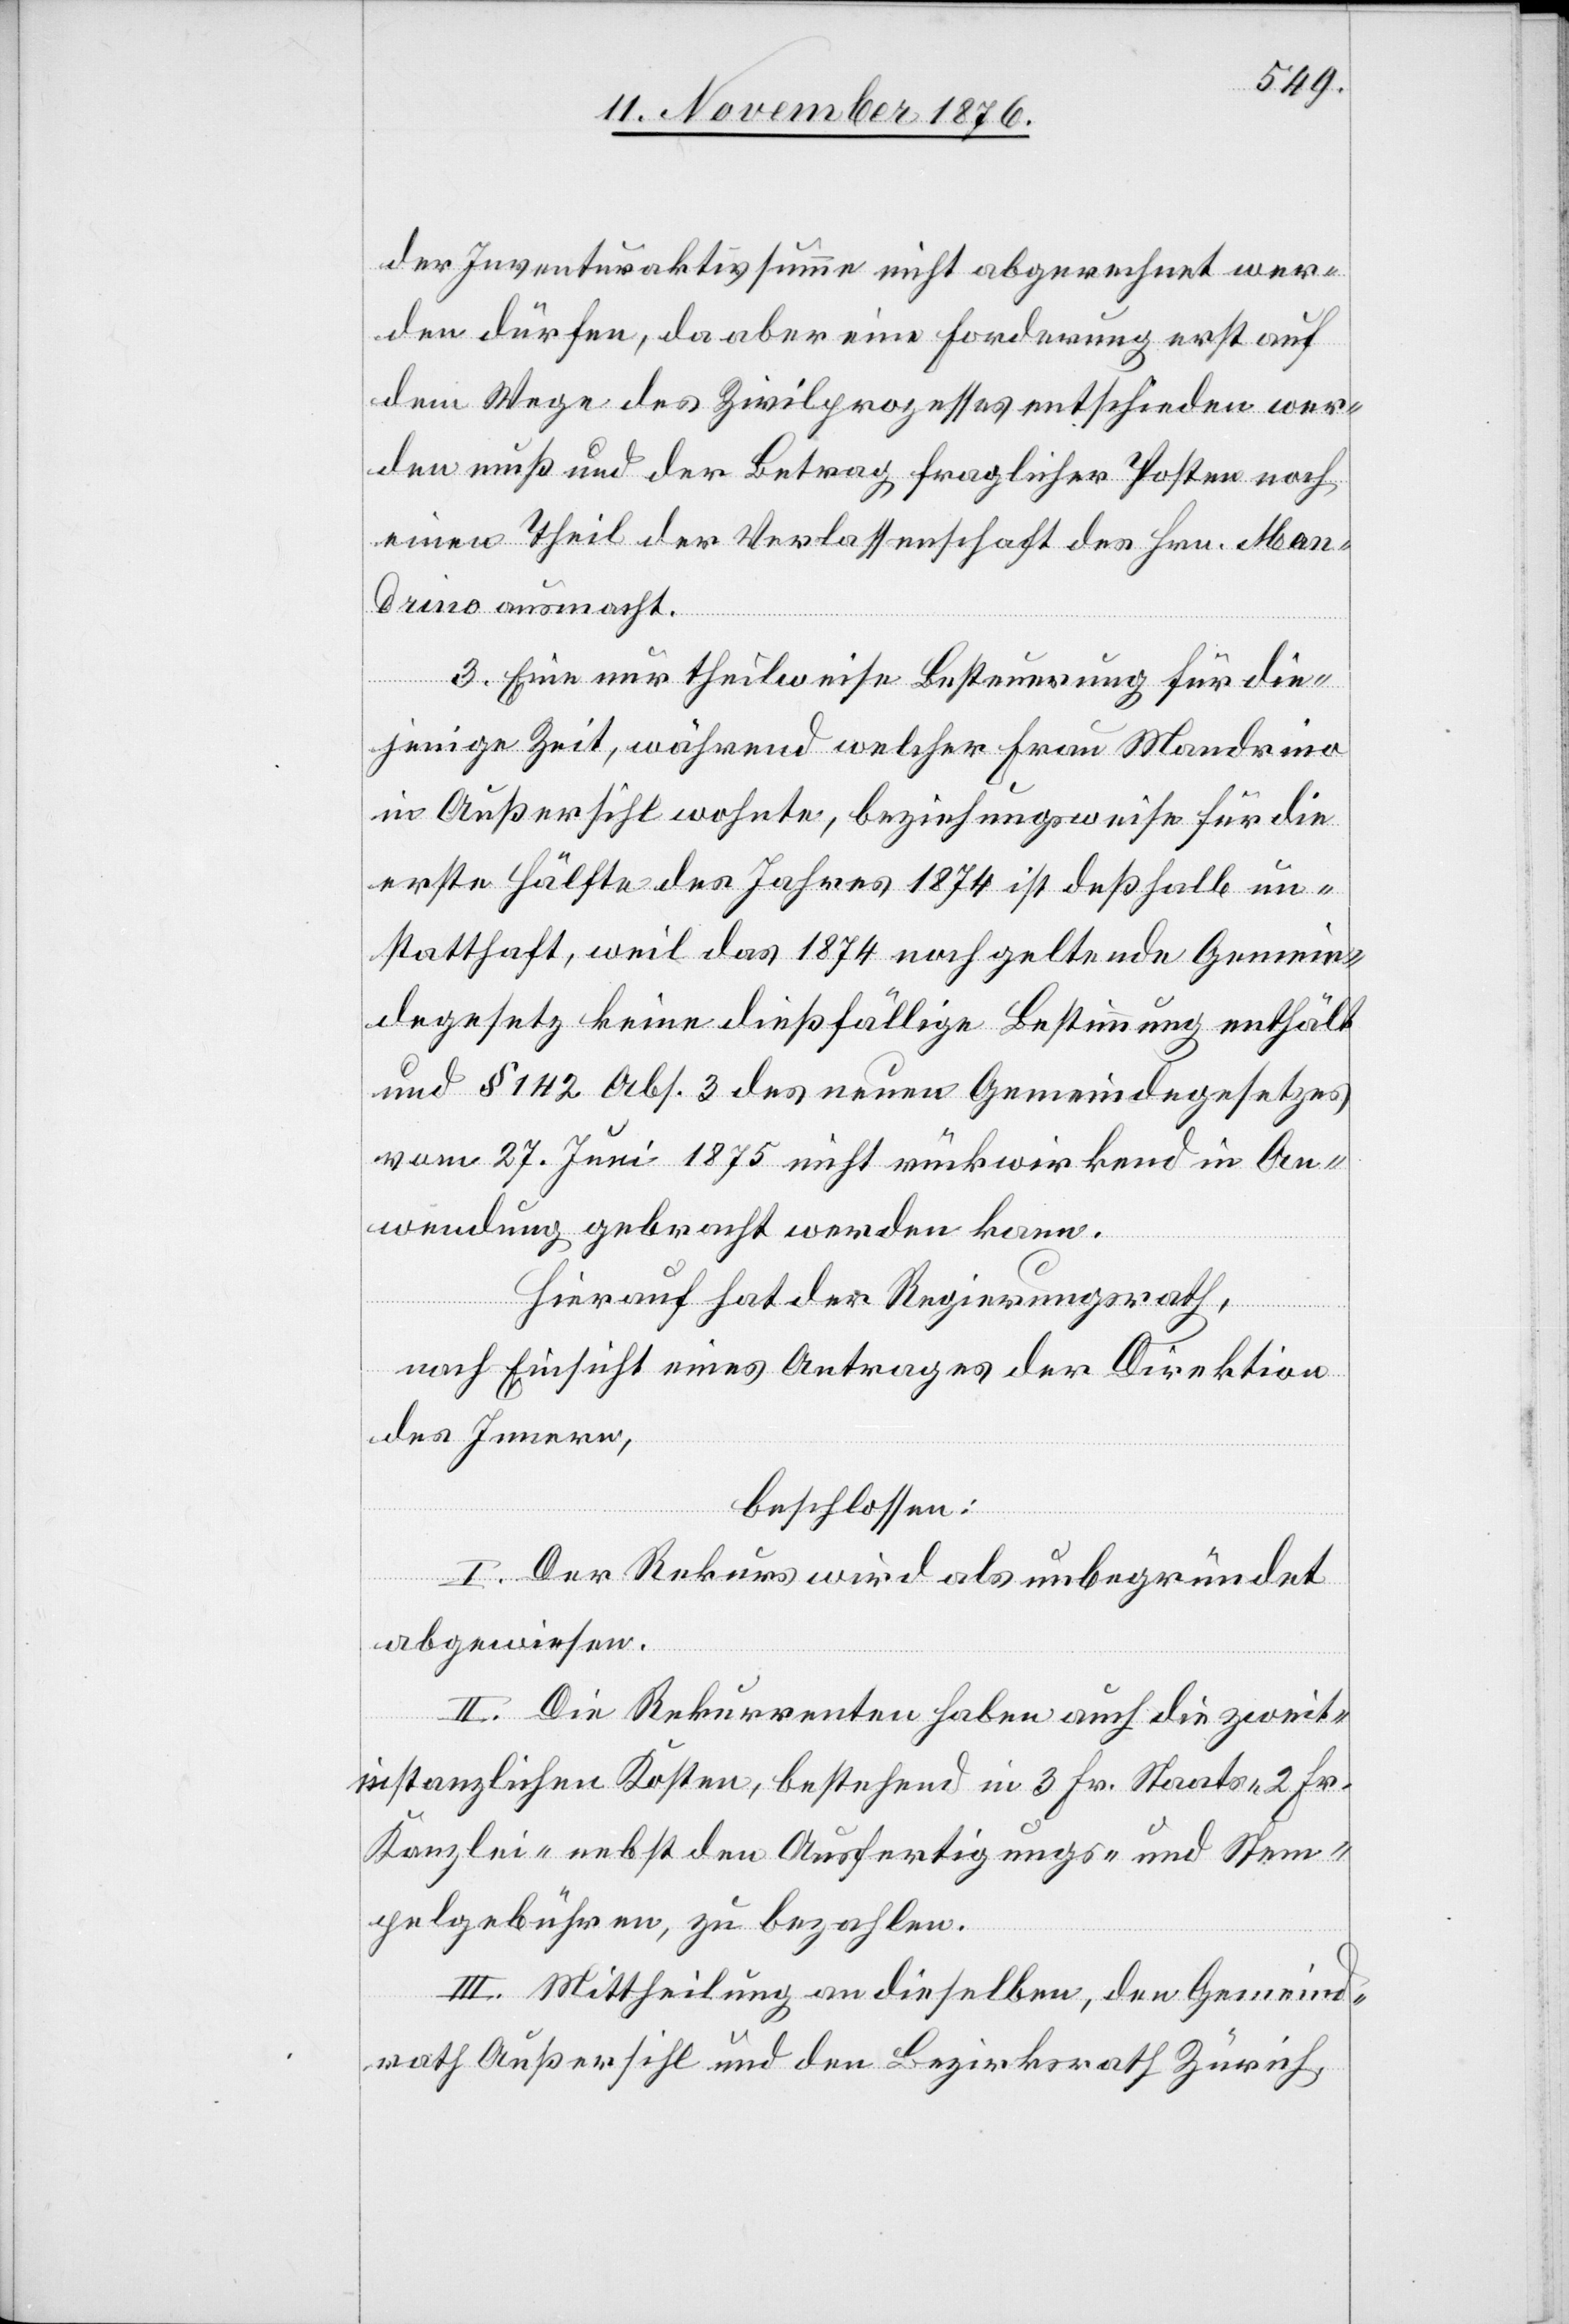
der Inventuraktivsteuer nicht abgerechnet wer¬
den dürfen, da aber eine Forderung erst auf
dem Wege des Zivilprozesses entschieden wer¬
den muß und der Betrag fraglicher Posten noch
einen Theil der Verlassenschaft des Hrn. Man¬
drino ausmacht.
3. Eine nur theilweise Besteuerung für die¬
jenige Zeit, während welcher Frau Mandrino
in Außersihl wohnte, beziehungsweise für die
erste Hälfte des Jahres 1874 ist deßhalb un¬
statthaft, weil das 1874 noch geltende Gemein¬
degesetz keine dießfällige Bestimmung enthält
und § 142 Abs. 3 des neuen Gemeindegesetzes
vom 27. Juni 1875 nicht rückwirkend in An¬
wendung gebracht werden kann.
Hierauf hat der Regierungsrath,
nach Einsicht eines Antrages der Direktion
des Innern,
beschlossen:
I. Der Rekurs wird als unbegründet
abgewiesen.
II. Die Rekurrenten haben auch die zweit¬
instanzlichen Kosten, bestehend in 3 Frk. Staats- 2 Frk.
Kanzlei- nebst den Ausfertigungs- und Stem¬
pelgebühren, zu bezahlen.
III. Mittheilung an dieselben, den Gemeind¬
rath Außersihl und den Bezirksrath Zürich,